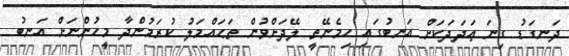
ދަނގަޑު ގިނަ ޢަދަދަކަށް އަނބުގައި ހިމެނޭތީ ލޭދަށްވުން ތަޙައްމަލު ކުރަމުންދާ މީހުންނަށް އަނބު